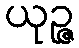
ယုဉ္ဇ